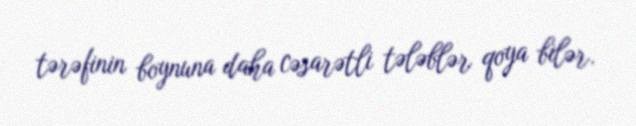
tərəfinin boynuna daha cəsarətli tələblər qoya bilər.